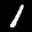
Label: 1